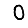
Digit: 0